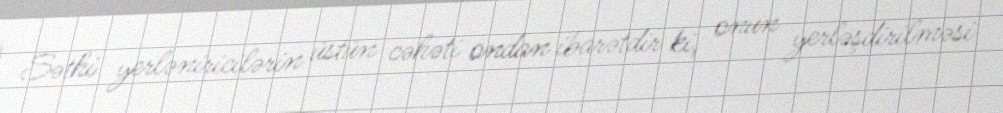
Səthi yerləniricilərin üstün cəhəti ondan ibarətdir ki, onun yerləşdirilməsi